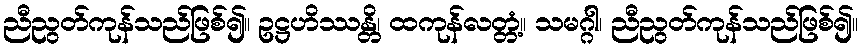
ညီညွတ်ကုန်သည်ဖြစ်၍။ ဥဋ္ဌဟိဿန္တိ၊ ထကုန်လတ္တံ့။ သမဂ္ဂါ၊ ညီညွတ်ကုန်သည်ဖြစ်၍။